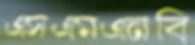
এসএমএনবি